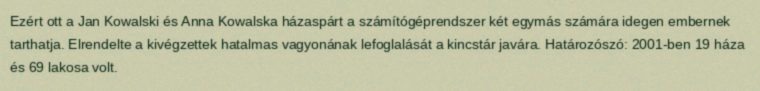
Ezért ott a Jan Kowalski és Anna Kowalska házaspárt a számítógéprendszer két egymás számára idegen embernek tarthatja. Elrendelte a kivégzettek hatalmas vagyonának lefoglalását a kincstár javára. Határozószó: 2001-ben 19 háza és 69 lakosa volt.